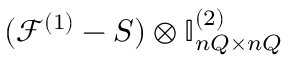
( \mathcal F ^ { ( 1 ) } - S ) \otimes \ensuremath { \mathbb { I } _ { n Q \times n Q } } ^ { ( 2 ) }